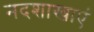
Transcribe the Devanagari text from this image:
नदशाखाएं